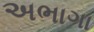
અભાગા